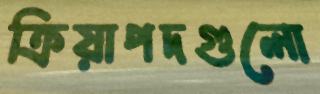
ক্রিয়াপদগুলো